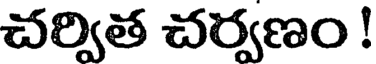
చర్విత చర్వణం !